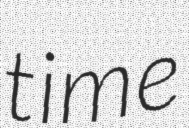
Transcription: time